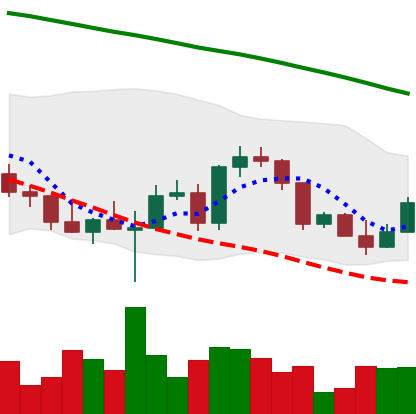
Ticker: ETH-USD
Chart end date: 2022-03-09
Forward return: -5.095%
Label: down_5_7